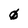
Character: 0